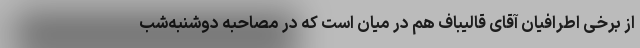
از برخی اطرافیان آقای قالیباف هم در میان است که در مصاحبه دوشنبه‌شب